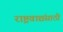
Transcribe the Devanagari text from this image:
राष्ट्रवाद्यंसाठी